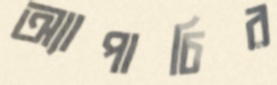
অ্যাপাচির